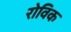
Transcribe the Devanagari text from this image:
रोविक